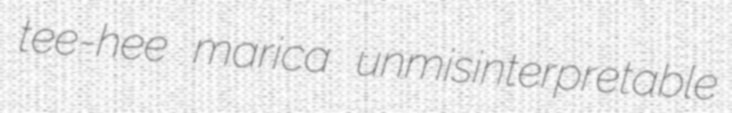
tee-hee marica unmisinterpretable